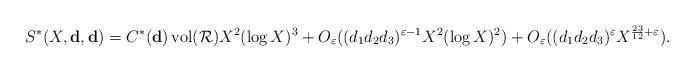
LaTeX: \begin{align*}S^*(X,\mathbf{d},\mathbf{d})&=C^*(\mathbf{d})\operatorname{vol}(\mathcal{R})X^2(\log X)^3+ O_\varepsilon((d_1d_2d_3)^{\varepsilon-1}X^2 (\log X)^2)+O_\varepsilon((d_1d_2d_3)^\varepsilon X^{\frac{23}{12}+\varepsilon}).\end{align*}